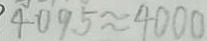
4 0 9 5 \approx 4 0 0 0